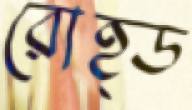
রোহ্ড